Indian Medical Review
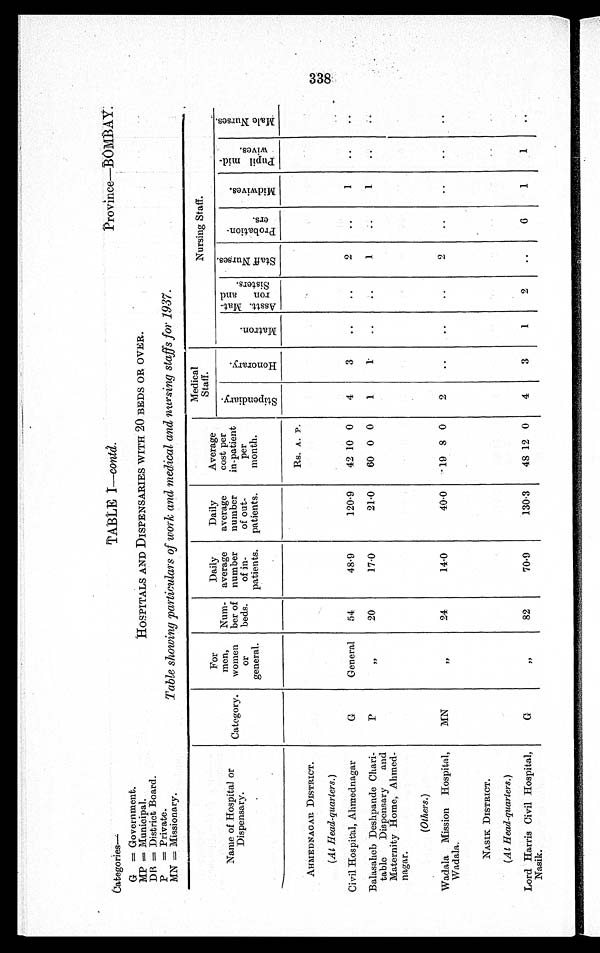
Categories—
G = Government.
MP = Municipal.
DR = District Board.
P = Private.
MN = Missionary.
TABLE—
contd.
Province—BOMBAY.
HOSPITALS AND DISPENSARIES WITH 20 BEDS OR OVER.
Table showing particulars of work and medical and nursing staffs for 1937.
Name of Hospital or
Dispensary.
Category.
For
men,
women
or
general.
Num-
ber of
beds.
Daily
average
number
of in-
patients.
Daily
average
number
of out-
patients.
Average
cost per
in-patient
per
month.
Medical
Staff.
Nursing Staff.
S t i p e n d i a r y .
H o n o r a r y .
M a t r o n .
As s t t . Ma t -
r on and
Si st er s.
S t a f f Nu r s e s .
Pr oba t i on-
ers.
Mi d w i v e s .
Pupi l mi d-
wives.
Ma l e Nu r s e s .
AHMEDNAGAR DISTRICT.
Rs. A. P.
(At Head-quarters.)
Civil Hospital, Ahmednagar
G
General
54
48·9
120·9
42 10 0
4
3
..
..
2
..
1
..
..
Balasaheb Deshpande Chari-
table Dispensary and
Maternity Home, Ahmed-
nagar.
P
„
20
17·0
21·0
60 0 0
1
1
..
..
1
..
1
..
. .
(Others.)
Wadala Mission Hospital,
Wadala.
MN
,,
24
14·0
40·0
19 8 0
2
..
..
..
2
..
..
..
..
NASIK DISTRICT.
(At Head-quarters.)
Lord Harris Civil Hospital,
Nasik.
G
,,
82
70·9
130·3
48 12 0
4
3
1
2
..
6
1
1
..
3 3 8